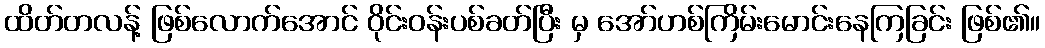
ထိတ်တလန့် ဖြစ်လောက်အောင် ဝိုင်းဝန်းပစ်ခတ်ပြီး မှ အော်ဟစ်ကြိမ်းမောင်းနေကြခြင်း ဖြစ်၏။